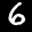
Label: 6